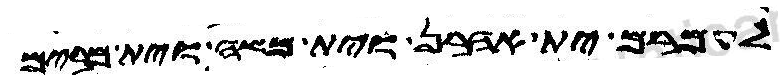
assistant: לעמרם ית אהרן וית משה וית מרים